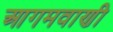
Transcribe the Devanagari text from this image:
आगमवाणी